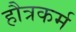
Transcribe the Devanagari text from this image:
हौत्रकर्म